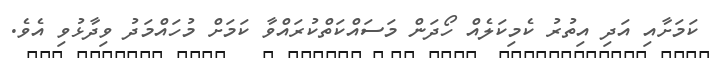
ކަމަށާއި އަދި އިތުރު ކެމިކަލެއް ހޯދަން މަސައްކަތްކުރައްވާ ކަމަށް މުހައްމަދު ވިދާޅުވި އެވެ.